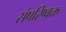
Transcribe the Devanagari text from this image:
संपरिष्वक्त